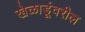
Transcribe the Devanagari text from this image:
खेळाडूंवरील